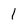
Character: 1